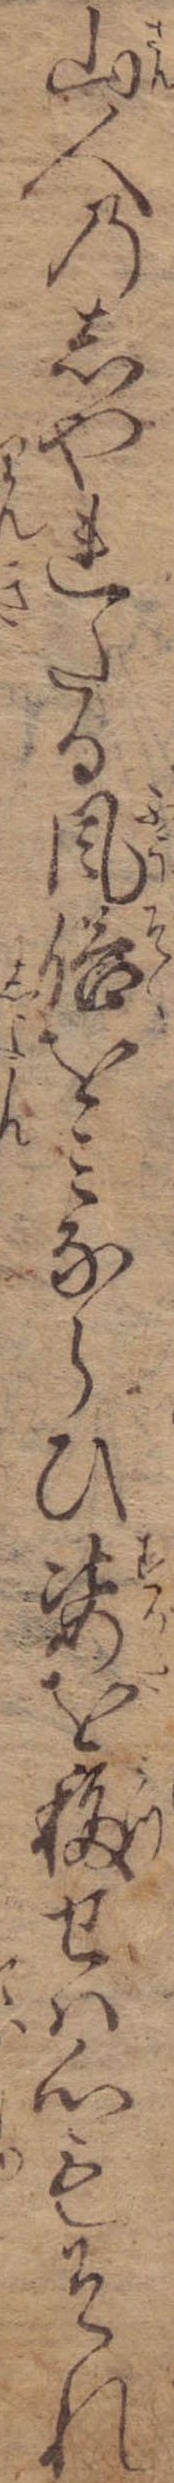
山人のしやれたる風俗をみならひ姿を移せは心もそれ